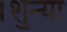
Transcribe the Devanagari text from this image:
।शुन्या